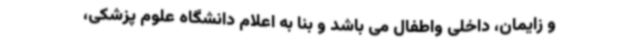
و زایمان، داخلی واطفال می باشد و بنا به اعلام دانشگاه علوم پزشکی،